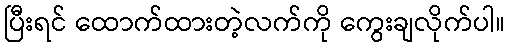
ပြီးရင် ထောက်ထားတဲ့လက်ကို ကွေးချလိုက်ပါ။